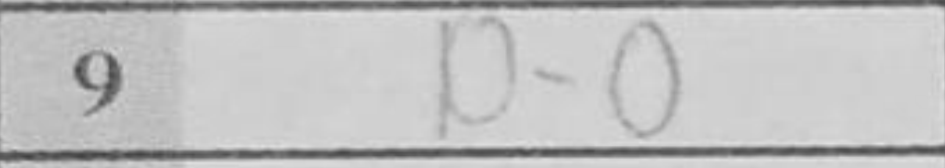
Transcription: O-O